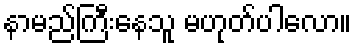
နာမည်ကြီးနေသူ မဟုတ်ပါလော။